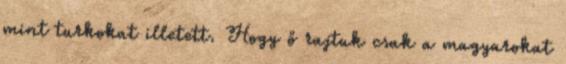
mint turkokat illetett. Hogy ő rajtuk csak a magyarokat